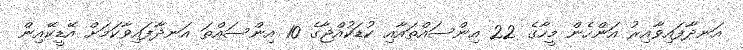
އަނދާފައިވާއިރު އަންހެން މީހާގެ 22 އިންސައްތައާއި ކުޑަކުއްޖާގެ 10 އިންސައްތަ އަނދާފައިވާކަމަށް އޭޑީކޭއިން